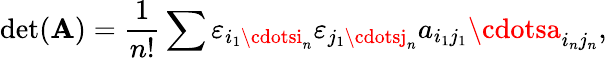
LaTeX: \operatorname*{det}(\mathbf{A})={\frac{{1}}{{n!}}}\sum\varepsilon_{i_{1}\cdotsi_{n}}\varepsilon_{j_{1}\cdotsj_{n}}a_{i_{1}j_{1}}\cdotsa_{i_{n}j_{n}},